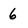
Character: 6